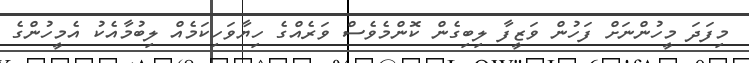
މިފަދަ މީހުންނަށް ފަހުން ވަޒީފާ ލިބިގެން ކޮންމެވެސް ވަރެއްގެ ހިޔާވަހިކަމެއް ލިބުމާއެކު އެމީހުންގެ